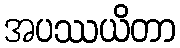
အပဿယိတာ